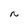
Character: N